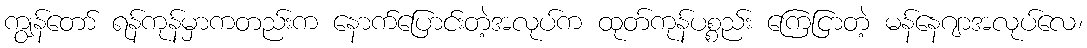
ကျွန်တော် ရန်ကုန်မှာကတည်းက နောက်ပြောင်းတဲ့အလုပ်က ထုတ်ကုန်ပစ္စည်း ကြေငြာတဲ့ မန်နေဂျာအလုပ်လေ၊